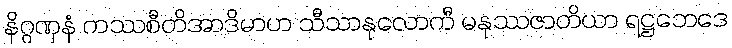
နိဂ္ဂဏှနံ ကဿစီတိအာဒိမာဟ သီသာနုလောကီ မနုဿဇာတိယာ ရဋ္ဌဘေဒေ